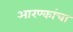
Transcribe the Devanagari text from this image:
आरण्कांचा